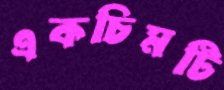
একচিমটি